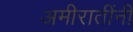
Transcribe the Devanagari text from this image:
अमीरातींनी